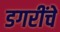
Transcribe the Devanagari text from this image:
डगरींचे